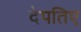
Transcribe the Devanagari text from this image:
देपतिए